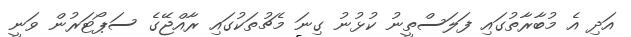
އަދި އެ މުބާރާތުގައި ފަލަސްތީނު ކުޅުނު ގިނަ މެޗުތަކުގައި ރާއްޖޭގެ ސަޕޯޓަރުން ވަނީ